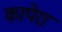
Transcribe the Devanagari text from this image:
कापेरा